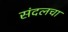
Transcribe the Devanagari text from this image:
संदलचा